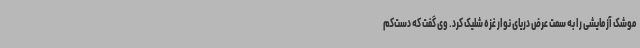
موشک آزمایشی را به سمت عرض دریای نوار غزه شلیک کرد. وی گفت که دست‌کم